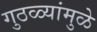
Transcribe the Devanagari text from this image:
गुठळ्यांमुळे